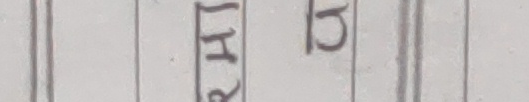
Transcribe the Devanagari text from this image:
घ द